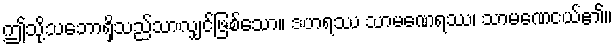
ဤသို့သဘောရှိသည်သာလျှင်ဖြစ်သော။ ဒဟရဿ သာမဏေရဿ၊ သာမဏေငယ်၏။